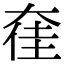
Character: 㚝